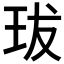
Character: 𤤒